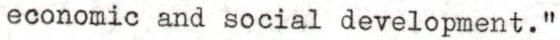
economic and social development."